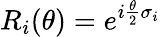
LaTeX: R_{i}(\theta)=e^{i\frac{\theta}{2}\sigma_{i}}